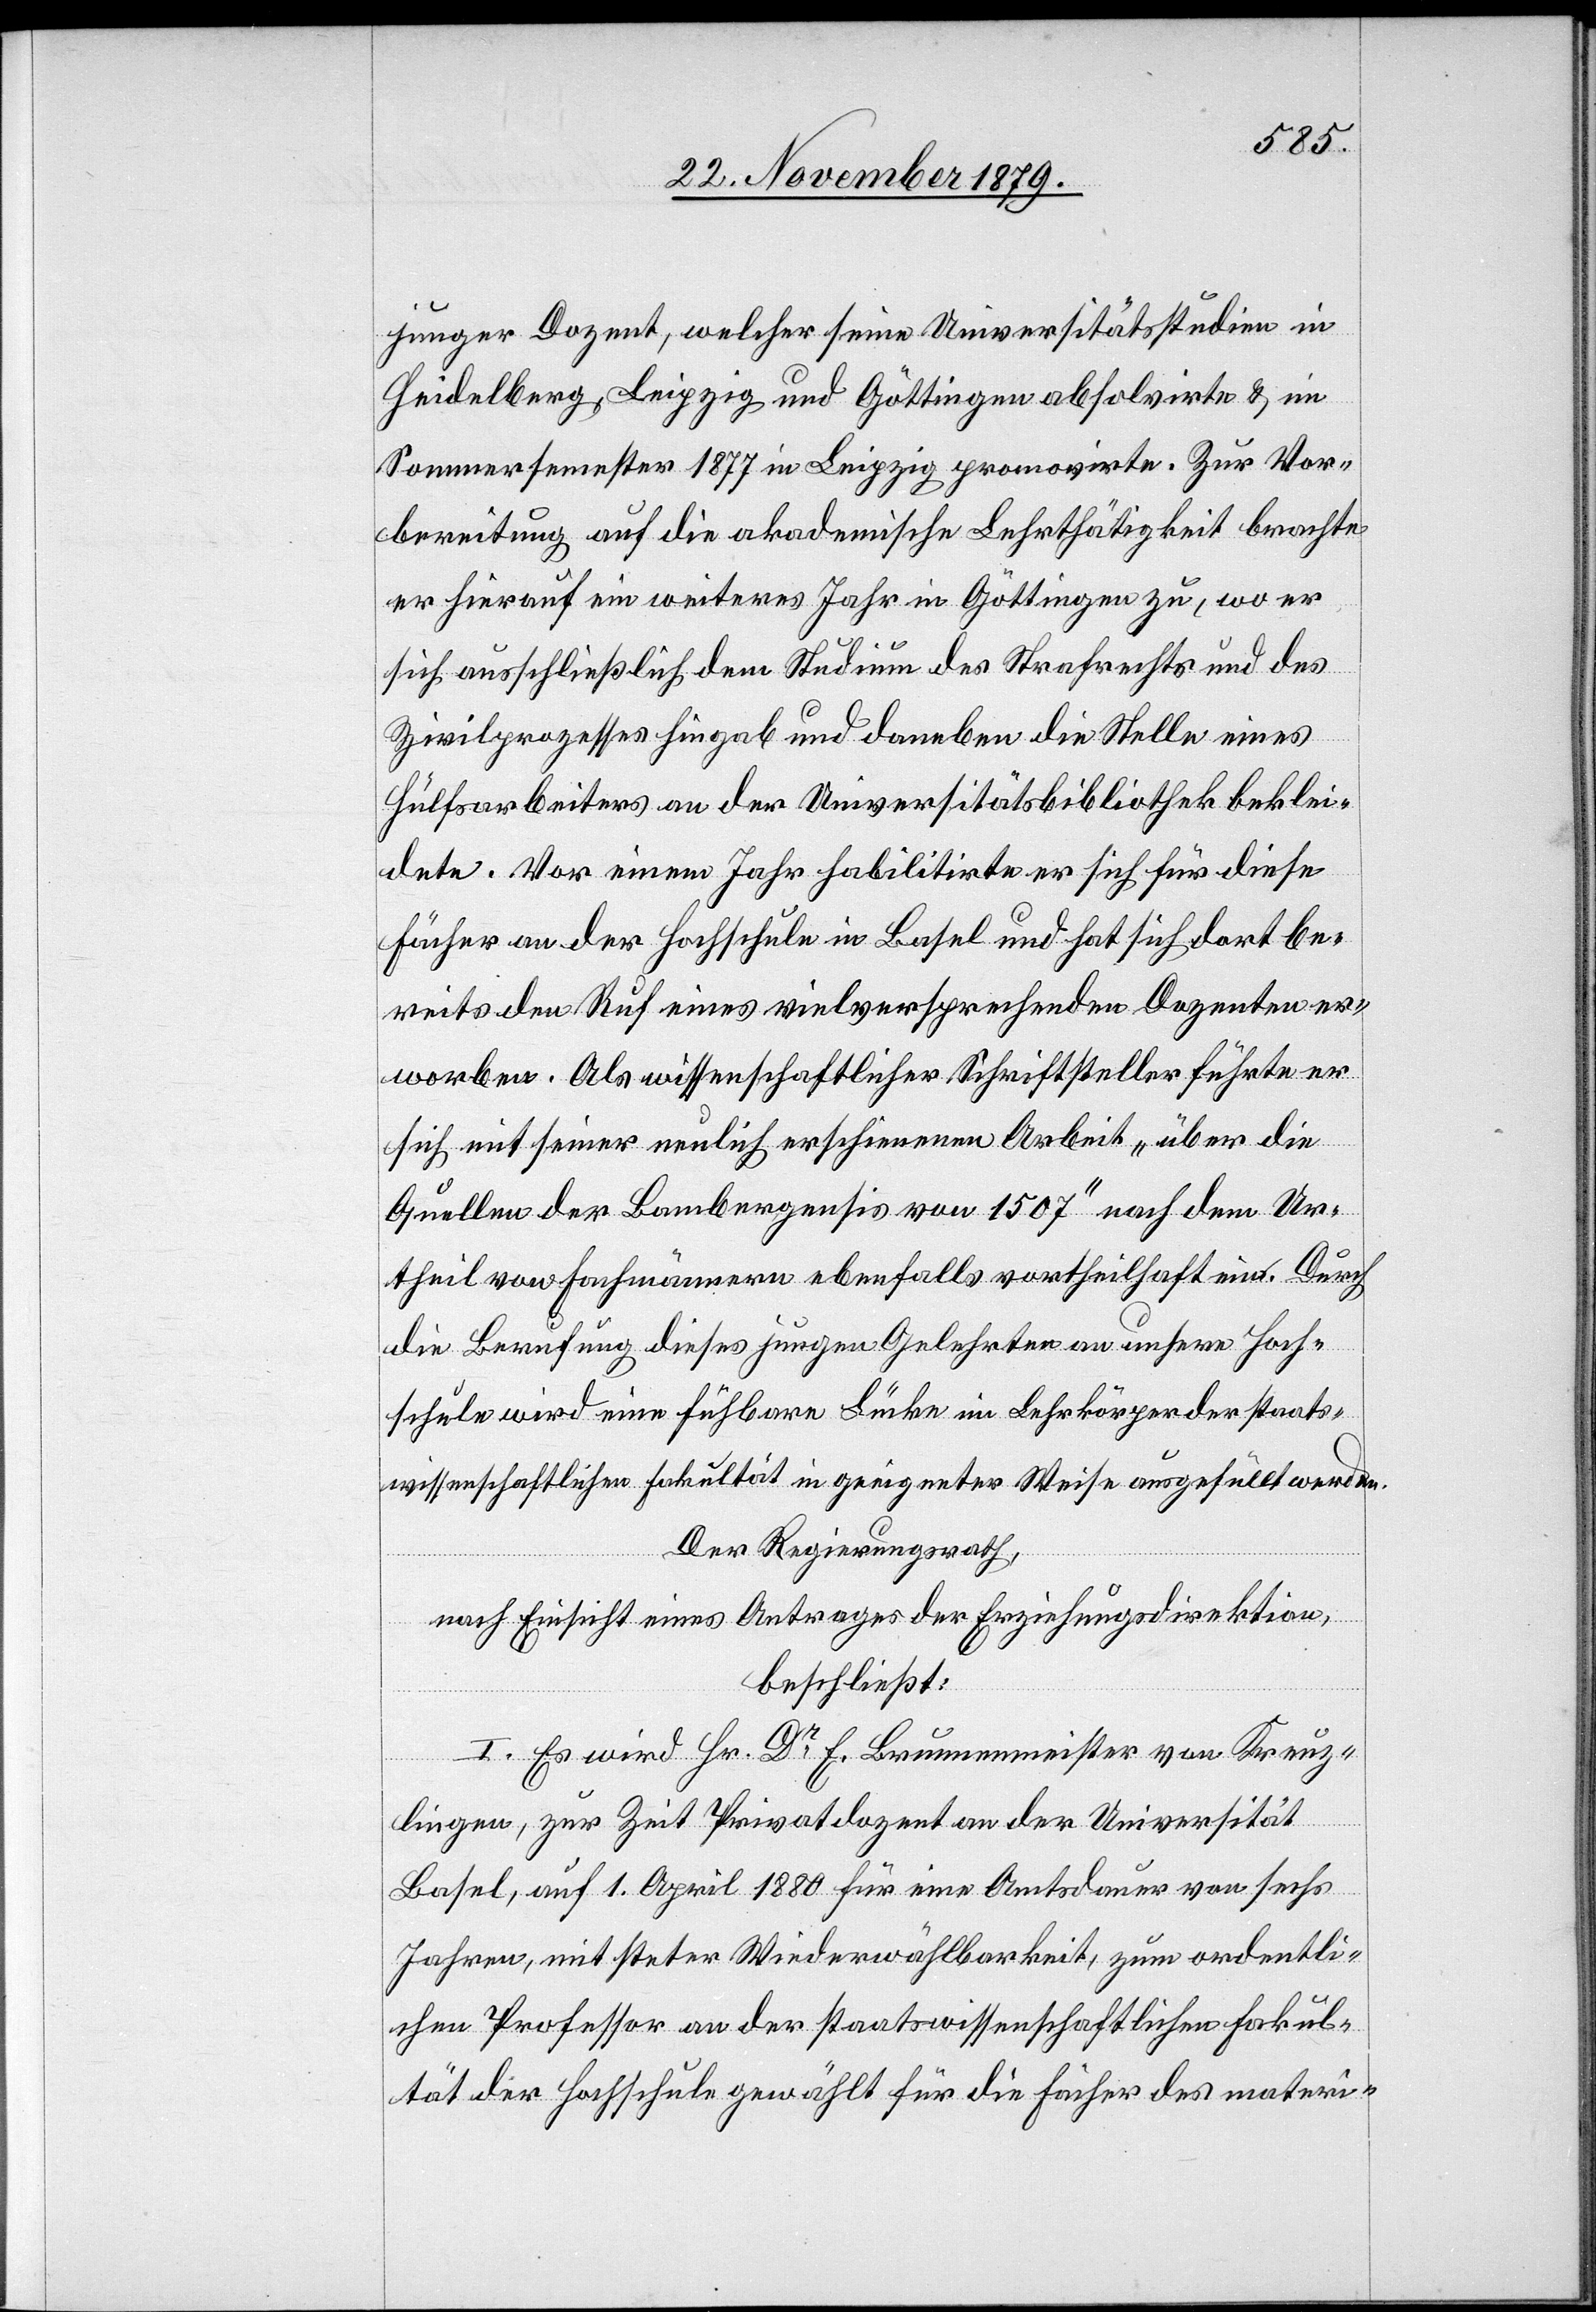
junger Dozent, welcher seine Universitätsstudien in
Heidelberg, Leipzig und Göttingen absolvierte & im
Sommersemester 1877 in Leipzig promovirte. Zur Vor¬
bereitung auf die akademische Lehrtätigkeit brachte
er hierauf ein weiteres Jahr in Göttingen zu, wo er
sich ausschließlich dem Studium des Strafrechts und des
Zivilprozesses hingab und daneben die Stelle eines
Hülfsarbeiters an der Universitätsbibliothek beklei¬
dete. Vor einem Jahr habilitirte er sich für diese
Fächer an der Hochschule in Basel und hat sich dort be¬
reits den Ruf eines vielversprechenden Dozenten er¬
worben. Als wissenschaftlicher Schriftsteller führte er
sich mit seiner neulich erschienenen Arbeit „über die
Quellen der Bambergensis von 1507“ nach dem Ur¬
teil von Fachmännern ebenfalls vortheilhaft ein. Durch
die Berufung dieses jungen Gelehrten an unsere Hoch¬
schule wird eine fühlbare Lücke im Lehrkörper der staats¬
wissenschaftlichen Fakultät in geeigneter Weise ausgefüllt werden.
Der Regierungsrath,
nach Einsicht eines Antrages der Erziehungsdirektion,
beschließt:
I. Es wird Hr. Dr Brunnenmeister von Kreuz¬
lingen, zur Zeit Privatdozent an der Universität
Basel, auf 1. April 1880 für eine Amtsdauer von sechs
Jahren, mit steter Wiederwählbarkeit, zum ordentli¬
chen Professor an der staatswissenschaftlichen Fakul¬
tät der Hochschule gewählt für die Fächer des materi-